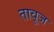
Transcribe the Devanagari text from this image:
तावूज